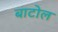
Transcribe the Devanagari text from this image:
बाटोल